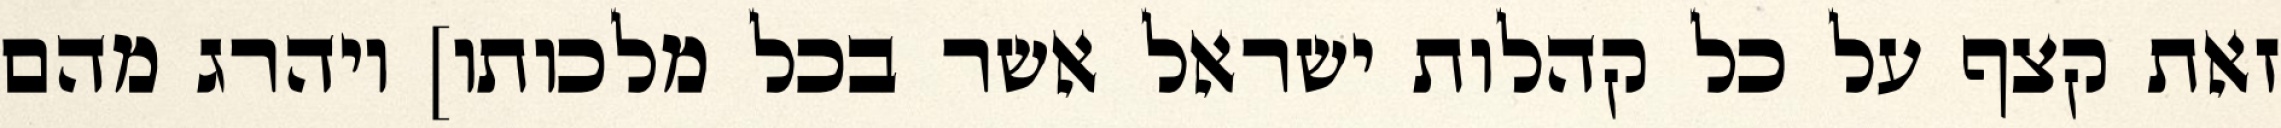
זאת קצף על כל קהלות ישראל אשר בכל מלכותו] ויהרג מהם